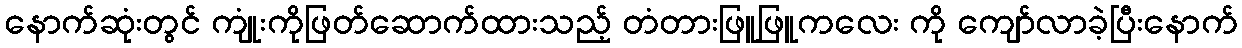
နောက်ဆုံးတွင် ကျုံးကိုဖြတ်ဆောက်ထားသည့် တံတားဖြူဖြူကလေး ကို ကျော်လာခဲ့ပြီးနောက်